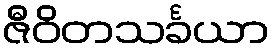
ဇီဝိတသင်္ခယာ